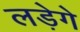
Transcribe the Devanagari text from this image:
लड़ेगे